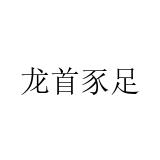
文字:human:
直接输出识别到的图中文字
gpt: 龙首豕足